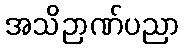
အသိဉာဏ်ပညာ